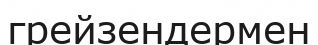
грейзендермен